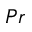
P r